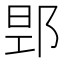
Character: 𮟻